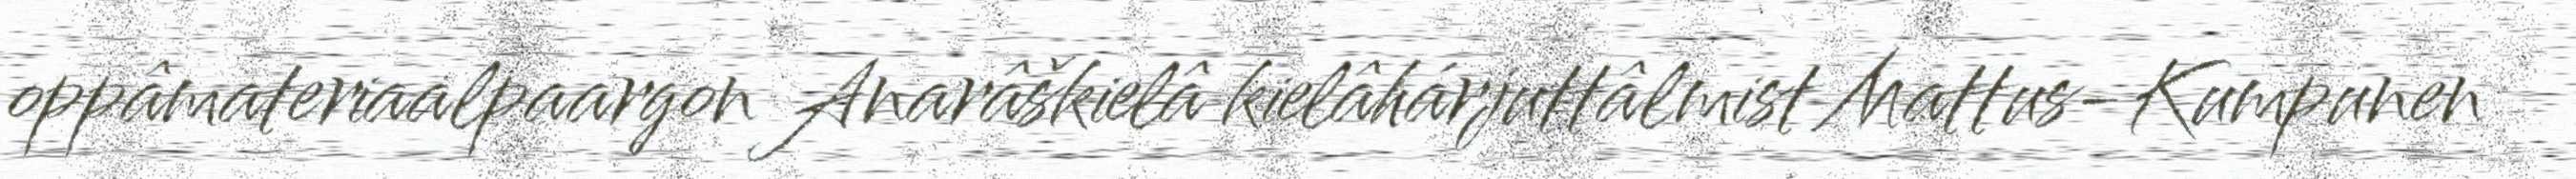
oppâmateriaalpaargon Anarâškielâ kielâhárjuttâlmist Mattus-Kumpunen